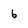
Character: 6